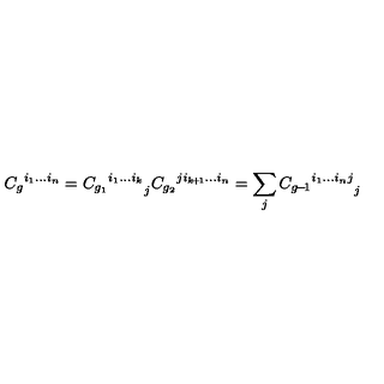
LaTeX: { C _ { g } } ^ { i _ { 1 } . . . i _ { n } } = { { C _ { g _ { 1 } } } ^ { i _ { 1 } . . . i _ { k } } } _ { j } { C _ { g _ { 2 } } } ^ { j i _ { k \! + \! 1 } . . . i _ { n } } = \sum _ { j } { { C _ { g \! - \! 1 } } ^ { i _ { 1 } . . . i _ { n } j } } _ { j }